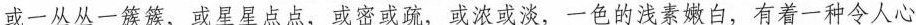
或一丛丛一簇簇，或星星点点，或密或疏，或浓或淡，一色的浅素嫩白，有着一种令人心